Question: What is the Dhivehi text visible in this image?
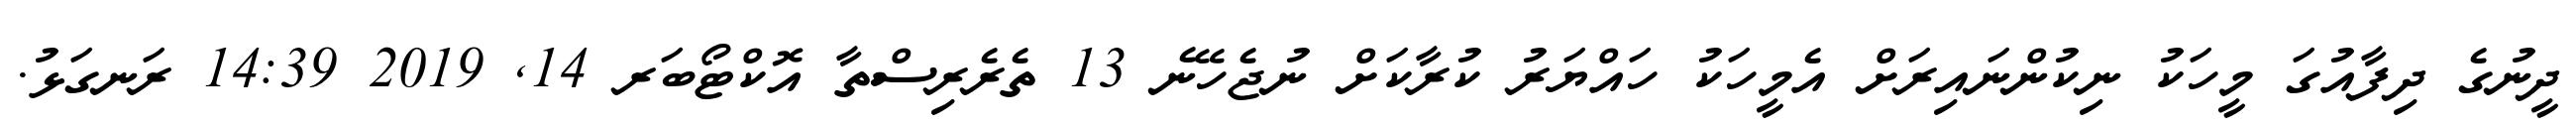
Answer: ދީނުގެ ދިފާއުގަ މީހަކު ނިކުންނައިރަށް އެމީހަކު ހައްޔަރު ކުރާކަށް ނުޖެހޭނެ 13 ތެރެރިސްތާ އޮކްޓޯބަރ 14, 2019 14:39 ރަނގަޅު.